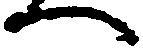
へ